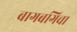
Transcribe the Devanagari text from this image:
बागबगिचा